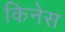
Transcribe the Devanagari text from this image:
किनेस